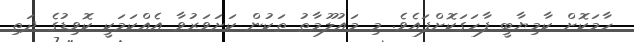
ހާމަކޮށް ކާމިޔާބީ ފާހަގަކޮށްފައެވެ. މި މައުލޫމާތު ތަކުން ކަށަވަރުވާ އެއްކަމަކީ ކޮވިޑުގެ ދަތި